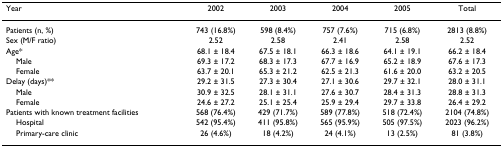
| Year | 2002 | 2003 | 2004 | 2005 | Total |
 | --- | --- | --- | --- | --- | --- |
 | Patients (n, %) | 743 (16.8%) | 598 (8.4%) | 757 (7.6%) | 715 (6.8%) | 2813 (8.8%) |
 | Sex (M/F ratio) | 2.52 | 2.58 | 2.41 | 2.58 | 2.52 |
 | Age* | 68.1 ± 18.4 | 67.5 ± 18.1 | 66.3 ± 18.6 | 64.1 ± 19.1 | 66.2 ± 18.4 |
 | Male | 69.3 ± 17.2 | 68.3 ± 17.3 | 67.7 ± 16.9 | 65.2 ± 18.9 | 67.6 ± 17.3 |
 | Female | 63.7 ± 20.1 | 65.3 ± 21.2 | 62.5 ± 21.3 | 61.6 ± 20.0 | 63.2 ± 20.5 |
 | Delay (days)** | 29.2 ± 31.5 | 27.3 ± 30.4 | 27.1 ± 30.6 | 29.7 ± 32.1 | 28.0 ± 31.1 |
 | Male | 30.9 ± 32.5 | 28.1 ± 31.1 | 27.6 ± 30.7 | 28.4 ± 31.3 | 28.8 ± 31.3 |
 | Female | 24.6 ± 27.2 | 25.1 ± 25.4 | 25.9 ± 29.4 | 29.7 ± 33.8 | 26.4 ± 29.2 |
 | Patients with known treatment facilities | 568 (76.4%) | 429 (71.7%) | 589 (77.8%) | 518 (72.4%) | 2104 (74.8%) |
 | Hospital | 542 (95.4%) | 411 (95.8%) | 565 (95.9%) | 505 (97.5%) | 2023 (96.2%) |
 | Primary-care clinic | 26 (4.6%) | 18 (4.2%) | 24 (4.1%) | 13 (2.5%) | 81 (3.8%) |